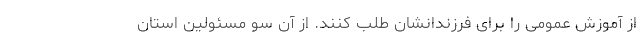
از آموزش عمومی را برای فرزندانشان طلب کنند. از آن سو مسئولین استان